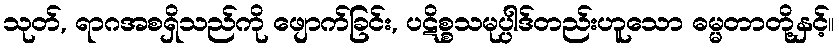
သုတ်, ရာဂအစရှိသည်ကို ဖျောက်ခြင်း, ပဋိစ္စသမုပ္ပါဒ်တည်းဟူသော ဓမ္မတာတို့နှင့်။